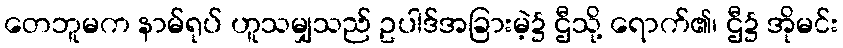
တေဘူမက နာမ်ရုပ် ဟူသမျှသည် ဥပါဒ်အခြားမဲ့၌ ဌီသို့ ရောက်၏၊ ဌီ၌ အိုမင်း